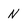
Character: n